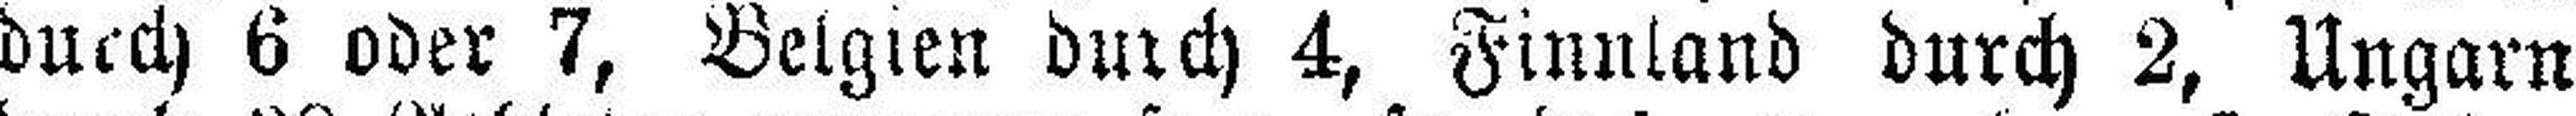
durch 6 oder 7, Belgien durch 4, Finnland durch 2, Ungarn